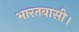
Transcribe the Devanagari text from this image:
भारतवासी।